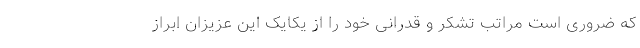
که ضروری است مراتب تشکر و قدرانی خود را از یکایک این عزیزان ابراز